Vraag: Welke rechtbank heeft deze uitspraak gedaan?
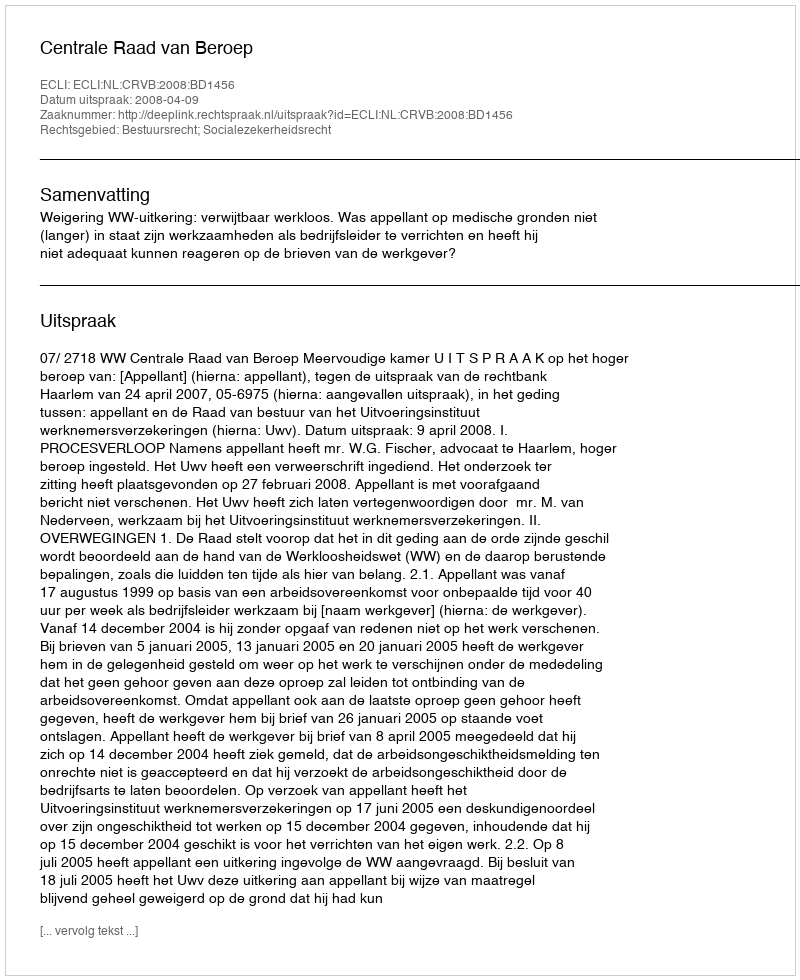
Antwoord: Centrale Raad van Beroep